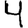
Digit: 4